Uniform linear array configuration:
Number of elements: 64
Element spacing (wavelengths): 0.5
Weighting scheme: blackman
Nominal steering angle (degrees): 45
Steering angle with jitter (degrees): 43.554
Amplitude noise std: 0.05
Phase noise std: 0.05

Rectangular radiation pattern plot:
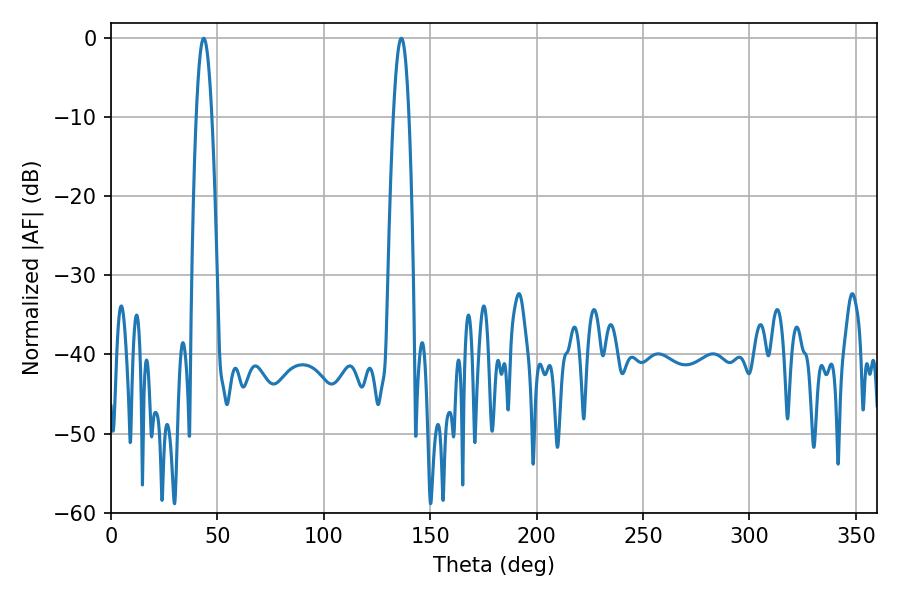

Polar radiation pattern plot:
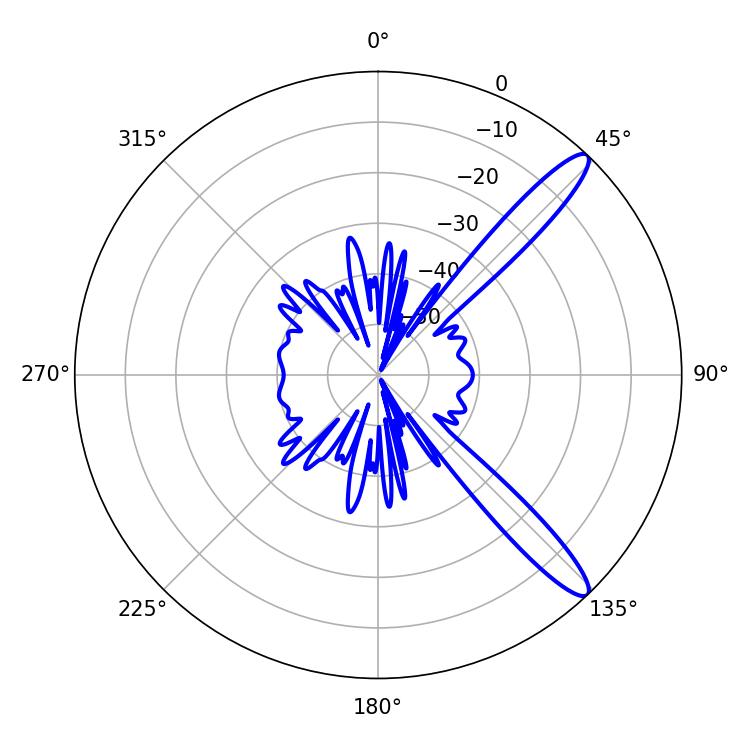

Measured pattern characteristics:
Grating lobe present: FALSE
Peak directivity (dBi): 12.792
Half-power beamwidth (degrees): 3.96
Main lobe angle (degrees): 43.56